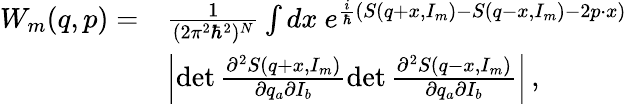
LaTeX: \begin{array}{rl}{W_{m}(q,p)=}&{\frac{1}{(2\pi^{2}\hbar^{2})^{N}}\int dx\ e^{\frac{i}{\hbar}\left(S(q+x,I_{m})-S(q-x,I_{m})-2p\cdot x\right)}}\\ &{\left|\operatorname*{det}\frac{\partial^{2}S(q+x,I_{m})}{\partial q_{a}\partial I_{b}}\operatorname*{det}\frac{\partial^{2}S(q-x,I_{m})}{\partial q_{a}\partial I_{b}}\right|\, ,}\end{array}